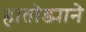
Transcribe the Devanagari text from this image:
हातोड्याने